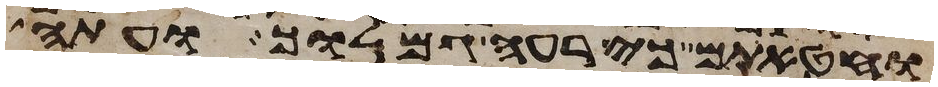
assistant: וחטאתם כי רעה גמלוך ועתה